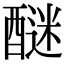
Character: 醚